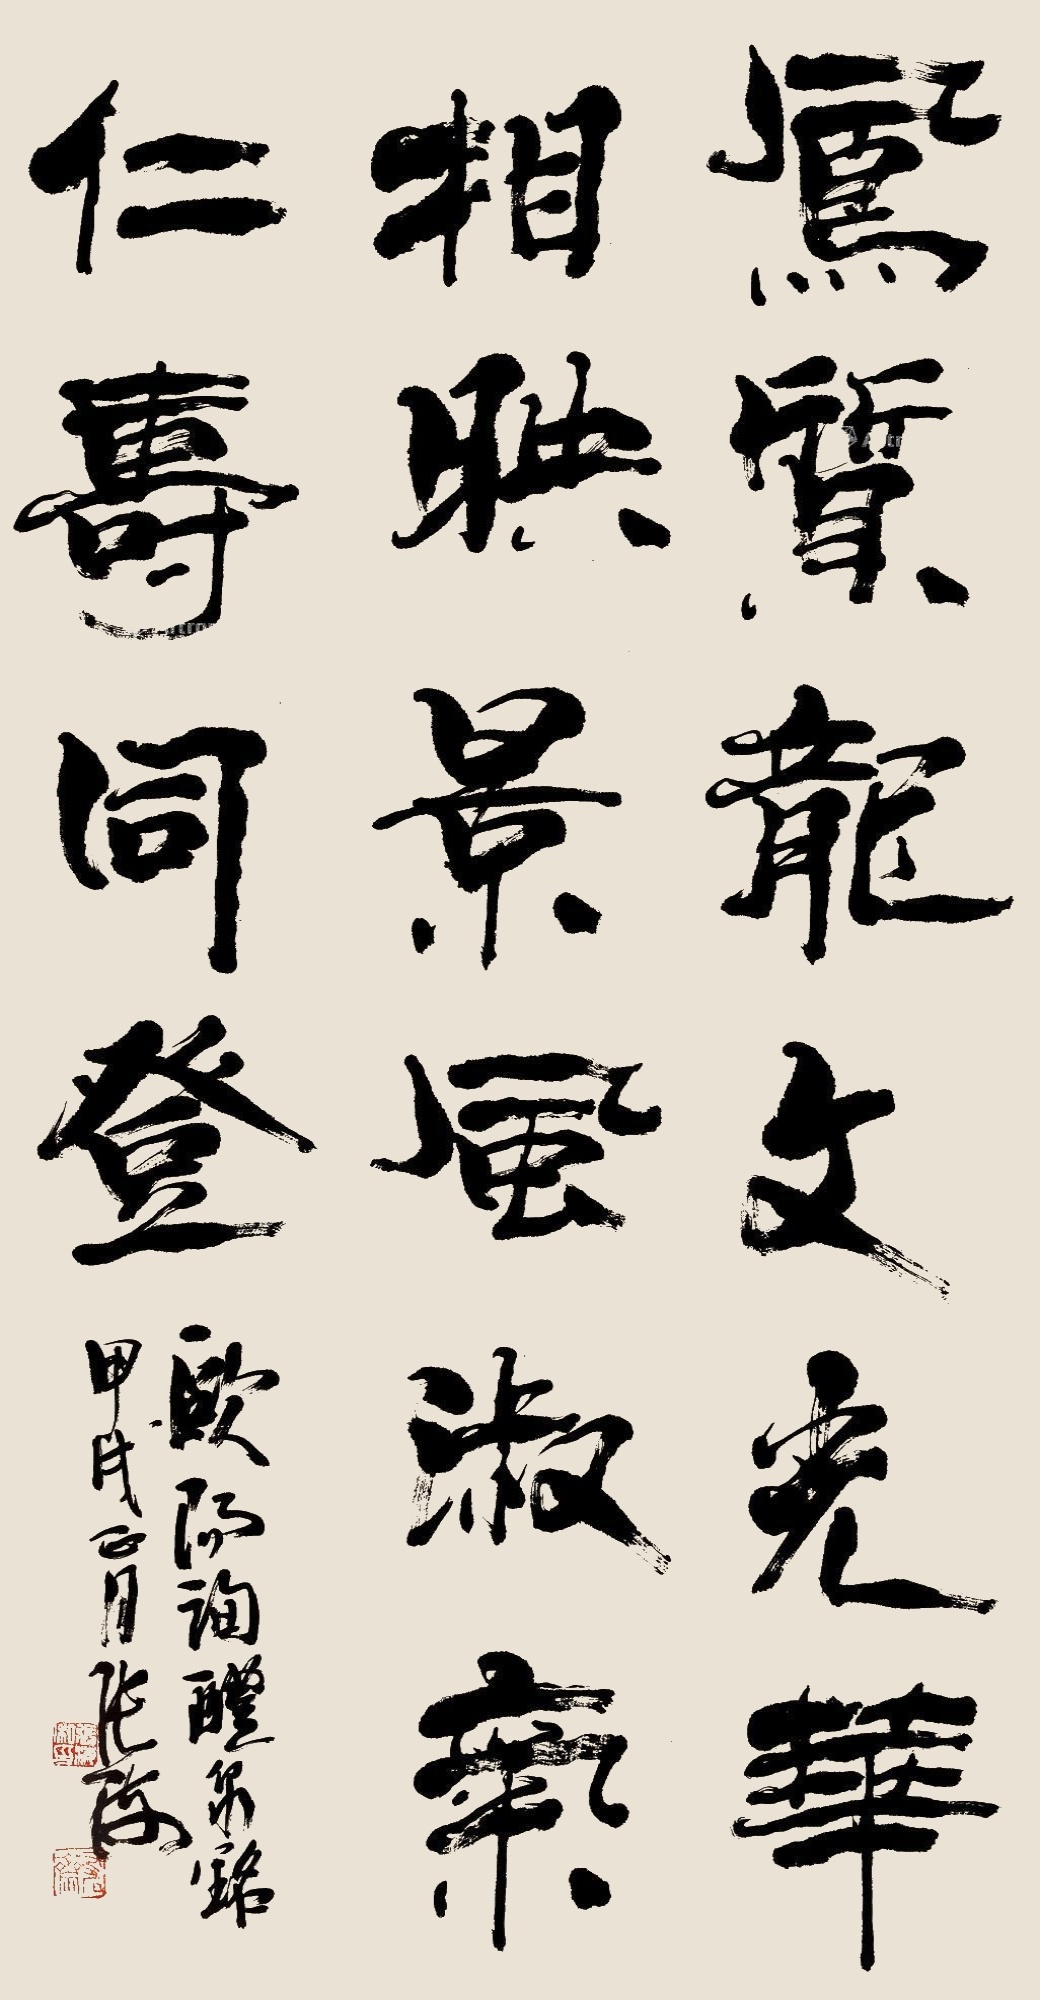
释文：凤质龙文光华相映，景风淑气，仁寿同登。欧阳询醴泉铭甲戌正月张海。